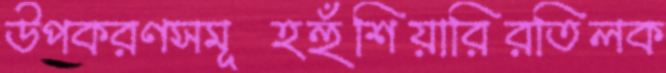
উপকরণসমূহহুঁশিয়ারিরতিলক